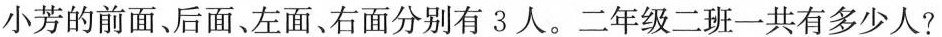
小芳的前面、后面、左面、右面分别有3人。二年级二班一共有多少人?